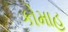
કોમાહ